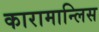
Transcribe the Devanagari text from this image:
कारामान्लिस